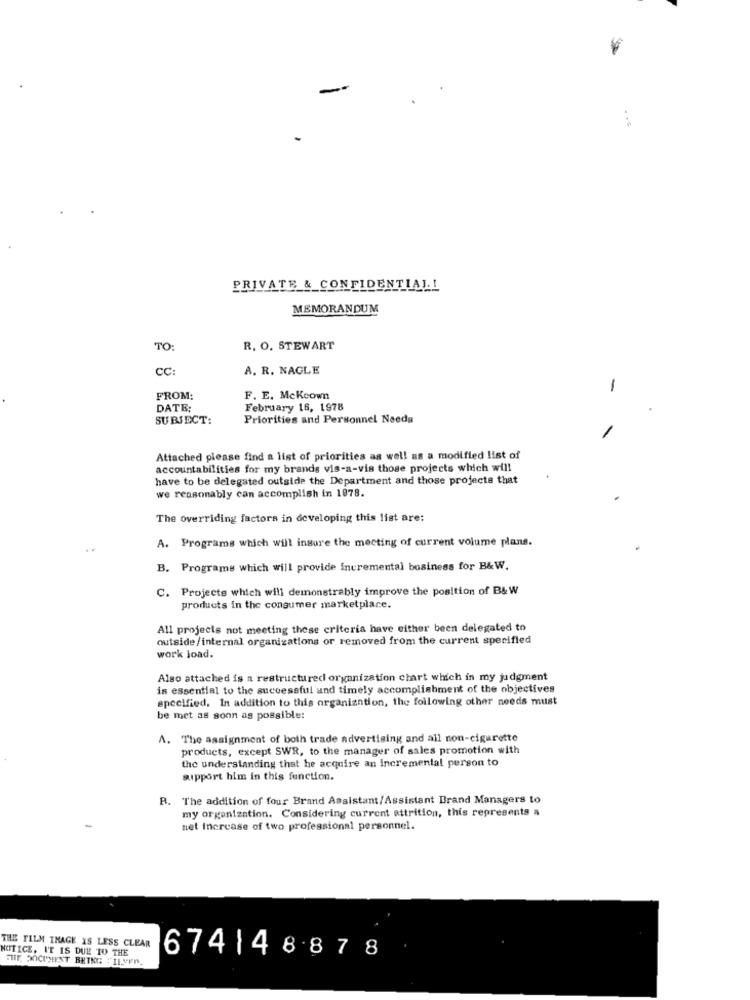
-
PRIVATE &_CONFIDENTIAL!
MEMORANDUM
TO:
R. O. STEWART
CC:
A. R. NAGLE
-
FROM:
F. E. Mckeown
DATE:
February 16, 1978
SUBJECT:
Priorities and Personnel Needg
Attached please find a list of priorities as well as a modified list of
accountabilities for my brands vis-a-vis those projects which will
have to be delegated outside the Department and those projects that
we reasonably can accomplish in 1978.
The overriding factors in developing this list are:
A. Programs which will insure the meeting of current volume plans.
B. Programs which will provide incremental bosiness for B&W.
C. Projects which will demonstrably improve the position of B& W
products in the consumer marketplace.
All projects not meeting these criteria have either been delegated to
outside/internal organizations or removed from the current specified
work load.
Also attached is a restructured organization chart which in my judgment
is essential to the successful and timely accomplishment of the objectives
specified. In addition to this organization, the following other needs must
be met as soon as possible:
A. The assignment of both trade advertising and all non-cigarette
products, except SWR, to the manager of sales promotion with
the understanding that he acquire an Incremental person to
support him in this function.
B. The addition of four Brand Assistant/Assistant Brand Managers to
my organization. Considering current attrition, this represents a
net Increase of two professional personnel.
THE FILM THAGE IS LESS CLEAR
NOTICE, IT IS DUE TO THE
FITE DOCUMENT BETEG ILYEN.
674| 4887 8